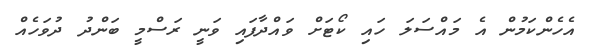
އެހެންކަމުން އެ މައްސަލަ ހައި ކޯޓަށް ވައްދާފައި ވަނީ ރަސްމީ ބަންދު ދުވަހެއް